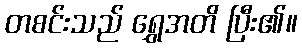
တစင်းသည် ရွှေအတိ ပြီး၏။